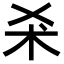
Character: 𣏂